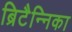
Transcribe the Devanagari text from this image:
ब्रिटैन्निका